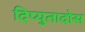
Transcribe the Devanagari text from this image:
दिप्युतादोस